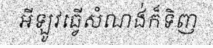
អីឡូវធ្វើសំណង់ក៏ទិញ